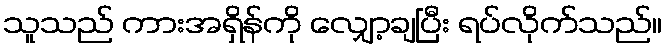
သူသည် ကားအရှိန်ကို လျှော့ချပြီး ရပ်လိုက်သည်။